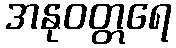
အနုဝတ္တရေ